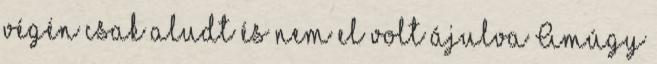
végén csak aludt és nem el volt ájulva Amúgy